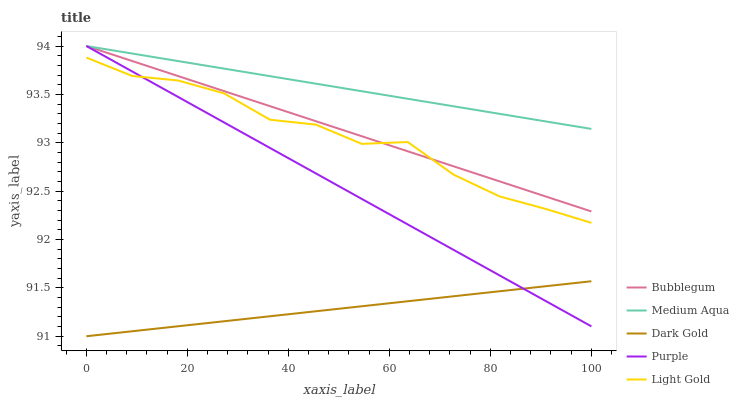
| xaxis_label | Bubblegum | Medium Aqua | Dark Gold | Purple | Light Gold |
 | --- | --- | --- | --- | --- | --- |
 | 0 | 94 | 94 | 91 | 94 | 93.9 |
 | 9.09 | 93.8 | 93.9 | 91.1 | 93.7 | 93.7 |
 | 18.2 | 93.7 | 93.8 | 91.1 | 93.5 | 93.6 |
 | 27.3 | 93.5 | 93.8 | 91.2 | 93.2 | 93.5 |
 | 36.4 | 93.4 | 93.7 | 91.2 | 92.9 | 93.2 |
 | 45.5 | 93.2 | 93.6 | 91.3 | 92.7 | 93.2 |
 | 54.5 | 93.1 | 93.5 | 91.3 | 92.4 | 93 |
 | 63.6 | 92.9 | 93.5 | 91.4 | 92.2 | 93 |
 | 72.7 | 92.8 | 93.4 | 91.4 | 91.9 | 92.7 |
 | 81.8 | 92.6 | 93.3 | 91.5 | 91.6 | 92.4 |
 | 90.9 | 92.4 | 93.2 | 91.5 | 91.4 | 92.3 |
 | 100 | 92.3 | 93.1 | 91.6 | 91.1 | 92.2 |